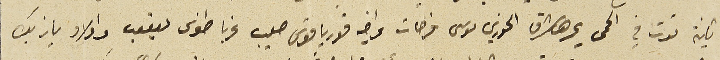
ثانية توت في الحمى يحدها شرقا الخوري موسى فرحات واخيه قورياقوس صعيبى غربا طنوس يعقوب واولاد يازبك